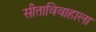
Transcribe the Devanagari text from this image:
सीताविवाहाला